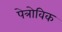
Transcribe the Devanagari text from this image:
पेत्रोविक